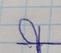
Signature authenticity: forged